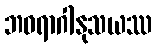
ဘဝရာဂါနုသယဿ